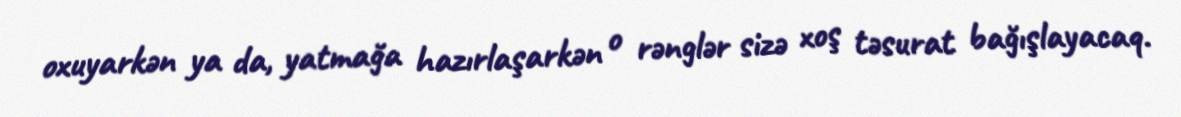
oxuyarkən ya da, yatmağa hazırlaşarkən o rənglər sizə xoş təsurat bağışlayacaq.